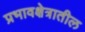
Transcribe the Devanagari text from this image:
प्रभावक्षेत्रातील